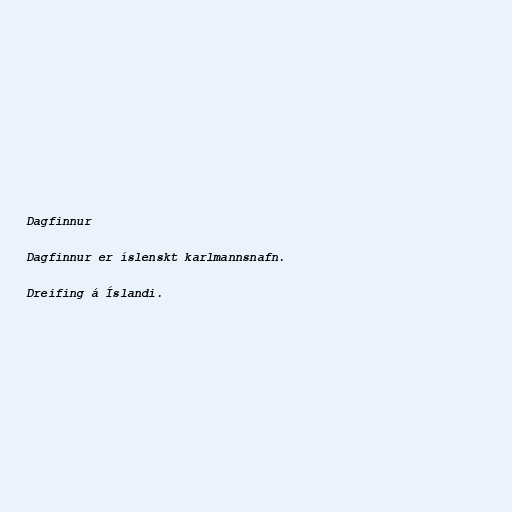
Dagfinnur

Dagfinnur er íslenskt karlmannsnafn.

Dreifing á Íslandi.